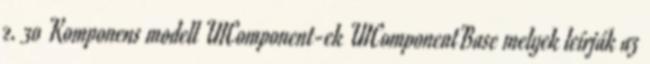
2. 30 Komponens modell UIComponent-ek UIComponentBase melyek leírják az